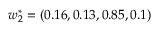
\boldsymbol { w } _ { 2 } ^ { * } = ( 0 . 1 6 , 0 . 1 3 , 0 . 8 5 , 0 . 1 )